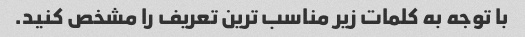
با توجه به کلمات زیر مناسب ترین تعریف را مشخص کنید.